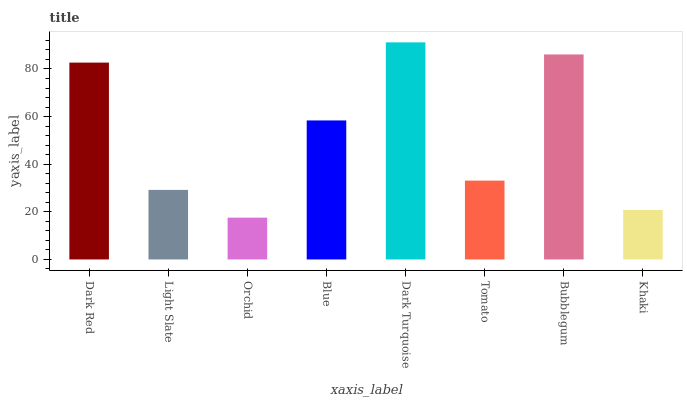
| xaxis_label | bars |
 | --- | --- |
 | Dark Red | 82.7 |
 | Light Slate | 29.2 |
 | Orchid | 17.6 |
 | Blue | 58.4 |
 | Dark Turquoise | 91.2 |
 | Tomato | 33.1 |
 | Bubblegum | 86.1 |
 | Khaki | 20.8 |